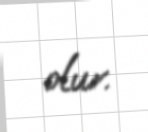
olur.